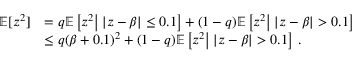
\begin{array} { r l } { \mathbb { E } [ z ^ { 2 } ] } & { = q \mathbb { E } \left[ z ^ { 2 } \big | \; | z - \beta | \leq 0 . 1 \right] + ( 1 - q ) \mathbb { E } \left[ z ^ { 2 } \big | \; | z - \beta | > 0 . 1 \right] } \\ & { \leq q ( \beta + 0 . 1 ) ^ { 2 } + ( 1 - q ) \mathbb { E } \left[ z ^ { 2 } \big | \; | z - \beta | > 0 . 1 \right] \, . } \end{array}